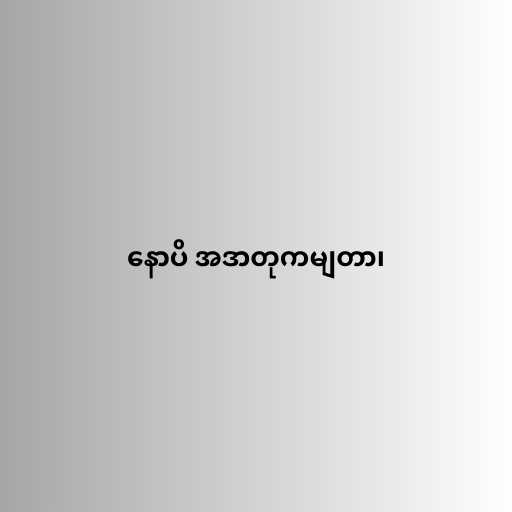
နောပိ အဒာတုကမျတာ၊